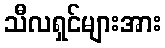
သီလရှင်များအား